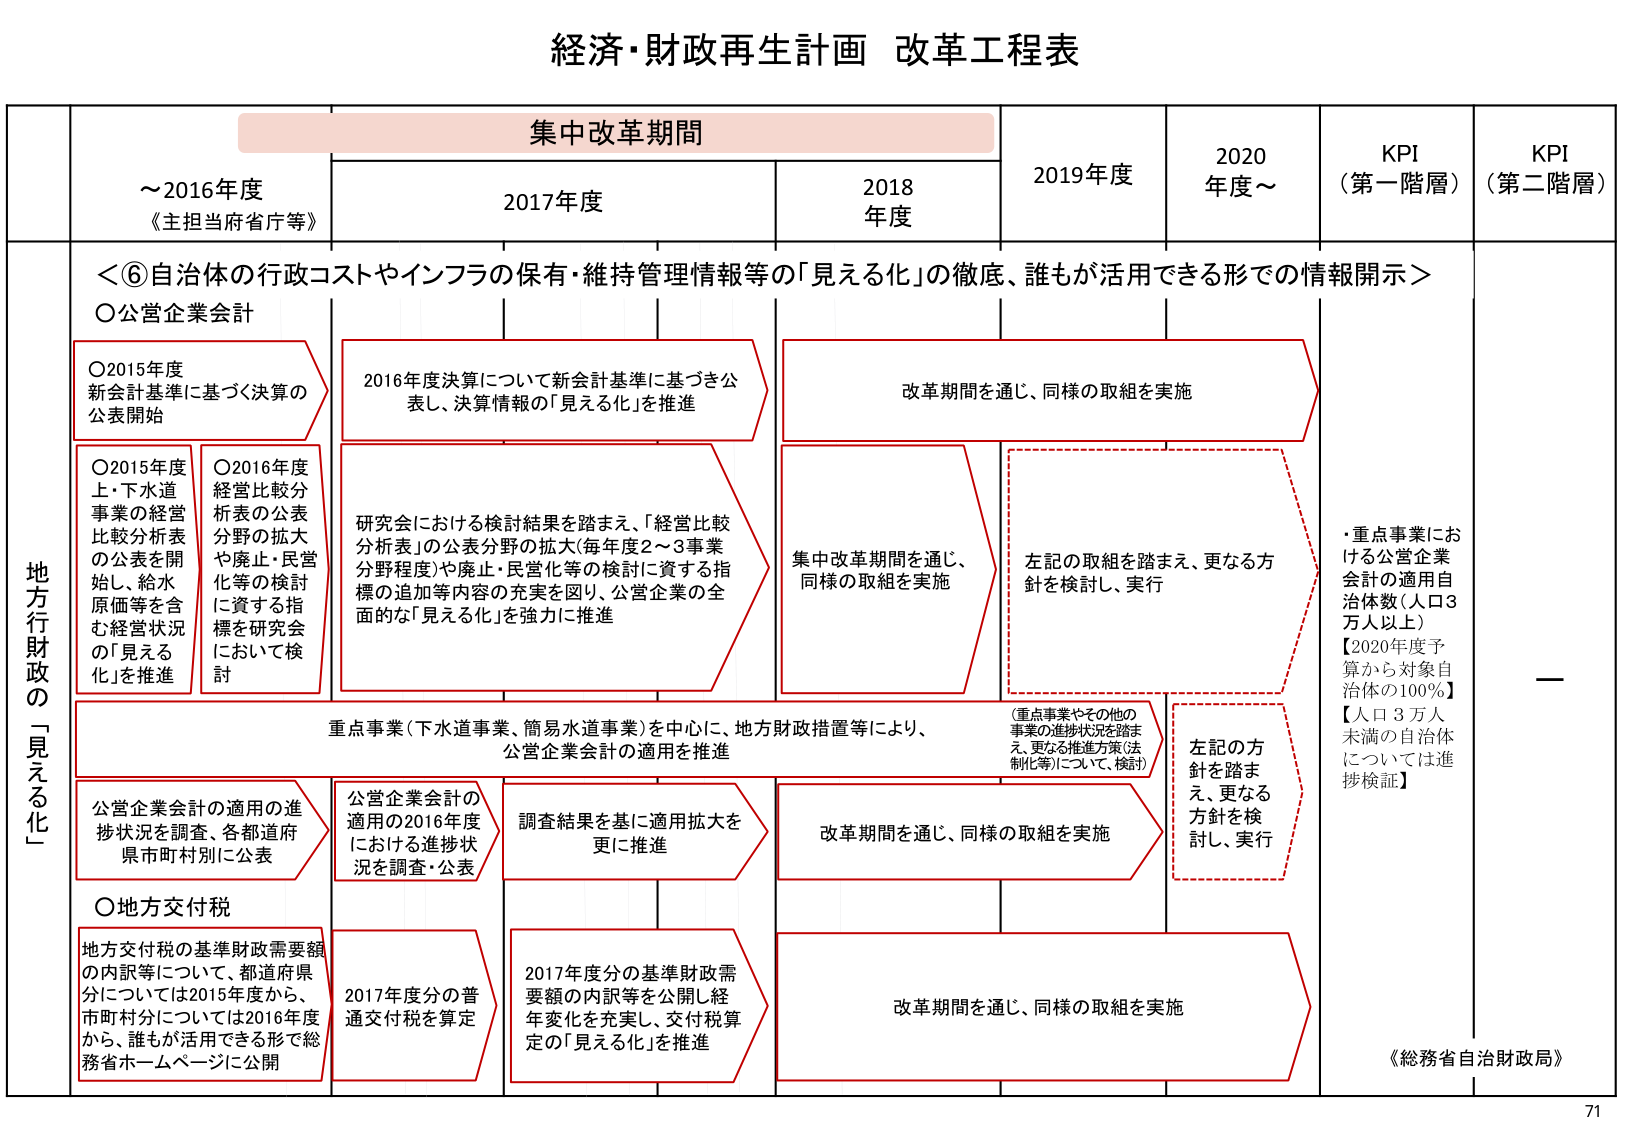
経済・財政再生計画 改革工程表

集中改革期間

～2016年度
《主担当府省庁等》

2017年度

2018年度

2019年度

2020年度～

KPI
（第一階層）

KPI
（第二階層）

＜⑥自治体の行政コストやインフラの保有・維持管理情報等の「見える化」の徹底、誰もが活用できる形での情報開示＞

〇公営企業会計

〇2015年度
新会計基準に基づく決算の
公表開始

〇2015年度
上・下水道
事業の経営
比較分析表
の公表を開始し、給水
原価等を含
む経営状況
の「見える
化」を推進

〇2016年度
経営比較分
析表の公表
分野の拡大
や廃止・民営
化等の検討
に関する指
標を研究会
において検
討

2016年度決算について新会計基準に基づき公
表し、決算情報の「見える化」を推進

研究会における検討結果を踏まえ、「経営比較
分析表」の公表分野の拡大（毎年度2～3事業
分野程度）や廃止・民営化等の検討に資する指
標の追加等内容の充実を図り、公営企業の全
面的な「見える化」を強力に推進

集中改革期間を通じ、
同様の取組を実施

改革期間を通じ、同様の取組を実施

左記の取組を踏まえ、更なる方
針を検討し、実行

・重点事業にお
ける公営企業
会計の適用自
治体数（人口3
万人以上）
【2020年度予
算から対象自
治体の100％】
【人口3万人
未満の自治体
については進
捗検証】

—

重点事業（下水道事業、簡易水道事業）を中心に、地方財政措置等により、
公営企業会計の適用を推進

（重点事業やその他の
事業の進捗状況を踏ま
え、更なる推進方策（法
制化等）について、検討）

左記の方
針を踏ま
え、更なる
方針を検
討し、実行

公営企業会計の進
捗状況を調査、各都道府
県市町村別に公表

公営企業会計の
適用の2016年度
における進捗状
況を調査・公表

調査結果を基に適用拡大を
更に推進

改革期間を通じ、同様の取組を実施

〇地方交付税

地方交付税の基準財政需要額
の内訳等については、都道府県
分については2015年度から、
市町村分については2016年度
から、誰もが活用できる形で総
務省ホームページに公開

2017年度分の普通交付税を算定

2017年度分の基準財政需
要額の内訳等を公開し経
年変化を充実し、交付税算
定の「見える化」を推進

改革期間を通じ、同様の取組を実施

《総務省自治財政局》

71

地方財政の「見える化」